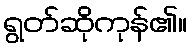
ရွတ်ဆိုကုန်၏။